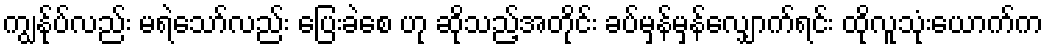
ကျွန်ုပ်လည်း မရဲသော်လည်း ပြေးခဲစေ ဟု ဆိုသည့်အတိုင်း ခပ်မှန်မှန်လျှောက်ရင်း ထိုလူသုံးယောက်က